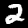
Digit: 2